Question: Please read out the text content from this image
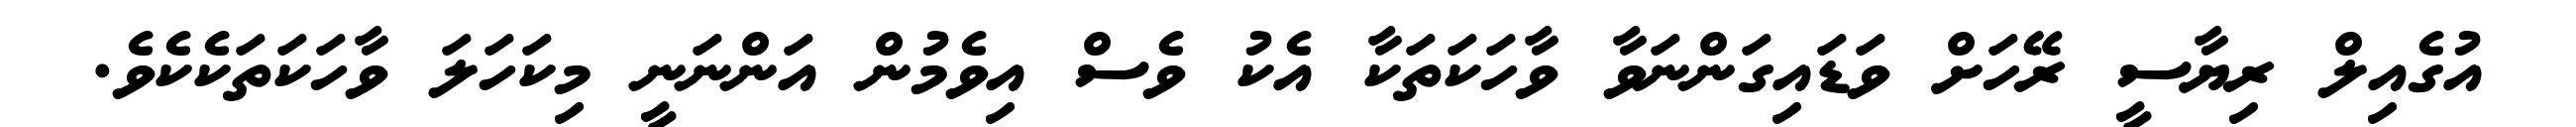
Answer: އުގެއިލް ރިޔާސީ ރޭހަށް ވަޑައިގަންނަވާ ވާހަކަތަކާ އެކު ވެސް އިވެމުން އަންނަނީ މިކަހަލަ ވާހަކަތަކެކެވެ.